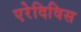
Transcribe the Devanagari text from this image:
एरेदिविस